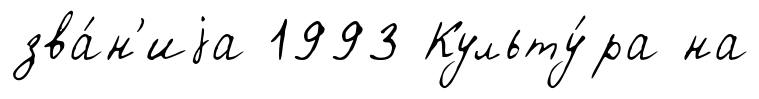
зва́н'иjа 1993 Культу́ра на